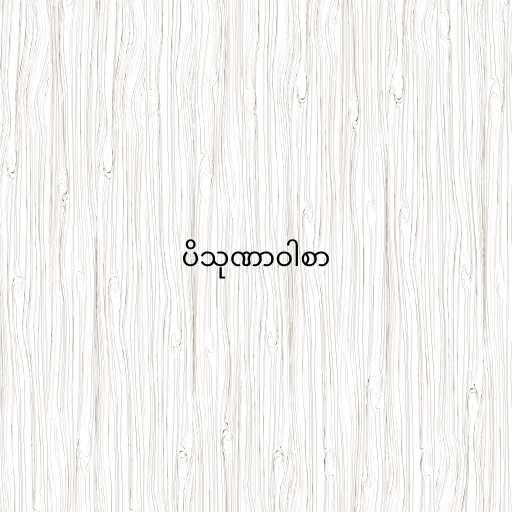
ပိသုဏာဝါစာ